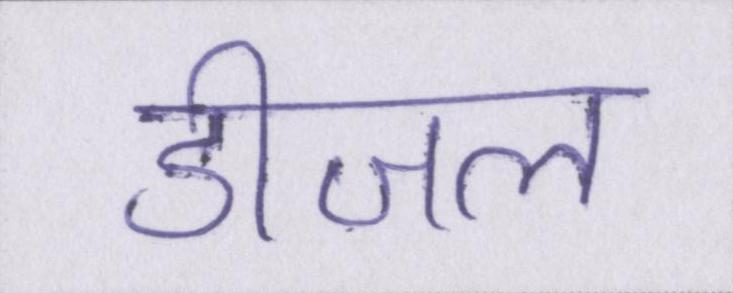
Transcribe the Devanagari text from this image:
डीजल